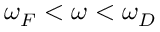
\omega _ { F } < \omega < \omega _ { D }